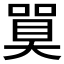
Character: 𪡼